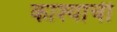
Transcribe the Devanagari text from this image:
काश्याची